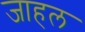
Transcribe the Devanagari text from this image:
जाहल